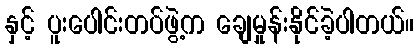
နှင့် ပူးပေါင်းတပ်ဖွဲ့က ချေမှုန်းနိုင်ခဲ့ပါတယ်။